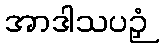
အာဒါသပဉှံ